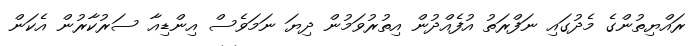
ރައްޔިތުންގެ މެދުގައި ނަފްރަތު އުފެއްދުން އިތުރުވަމުން ދިޔަ ނަމަވެސް އިންޑިއާ ސަރުކާރުން އެކަން